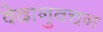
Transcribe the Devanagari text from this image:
वेदानुवचन